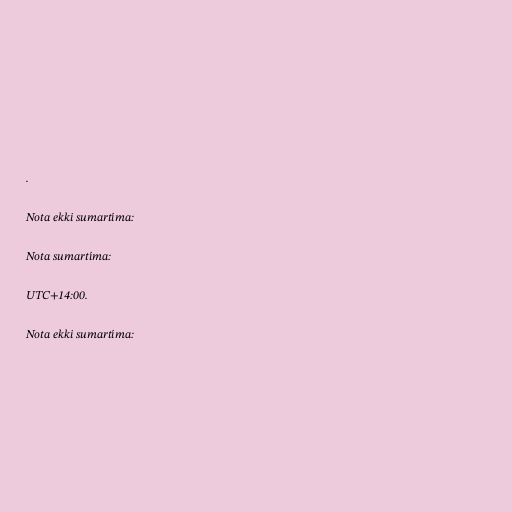
.

Nota ekki sumartíma:

Nota sumartíma:

UTC+14:00.

Nota ekki sumartíma: